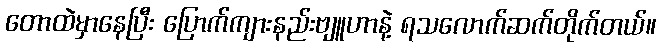
တောထဲမှာနေပြီး ပြောက်ကျားနည်းဗျူဟာနဲ့ ရသလောက်ဆက်တိုက်တယ်။